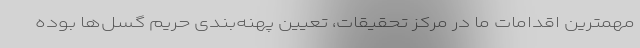
مهمترین اقدامات ما در مرکز تحقیقات، تعیین پهنه‌بندی حریم گسل‌ها بوده